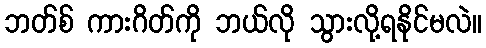
ဘတ်စ် ကားဂိတ်ကို ဘယ်လို သွားလို့ရနိုင်မလဲ။